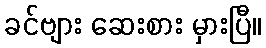
ခင်ဗျား ဆေးစား မှားပြီ။